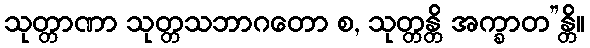
သုတ္တာဏာ သုတ္တသဘာဂတော စ, သုတ္တန္တိ အက္ခာတ”န္တိ။